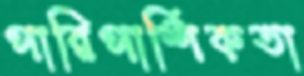
পারিপার্শিকতা